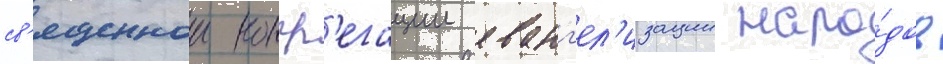
св'ященнои конгр'егации еванг'ел'изации наро́дов